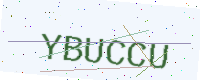
Text: YBUCCU